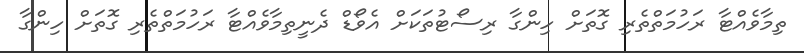
ތިމާވެއްޓާ ރަހުމަތްތެރި ގޮތަށް ހިންގާ ރިސޯޓުތަކަށް އެވޯޑް ދެނީތިމާވެއްޓާ ރަހުމަތްތެރި ގޮތަށް ހިންގާ